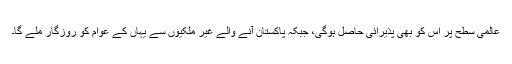
عالمی سطح پر اس کو بھی پذیرائی حاصل ہوگی، جبکہ پاکستان آنے والے غیر ملکیوں سے یہاں کے عوام کو روزگار ملے گا۔